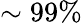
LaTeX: \sim 99\%